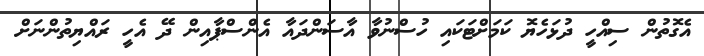
އެގޮތުން ސިއްހީ ދުޅަހެޔޮ ކަމަށްޓަކައި ހުސްނުވާ އާސަންދައާ އެންސްޕާއިން ދޭ އެހީ ރައްޔިތުންނަށް